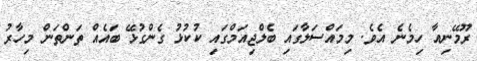
ރޫމޭނިއާ ހިމެނެ އެވެ. މިމައްސަލާގައި ބެލްޖިއަމްގައި ކުކުޅު ގެންގުޅޭ ބައެއް ތަންތަން މިހާރު